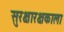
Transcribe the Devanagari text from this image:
सुरक्षारक्षकाला